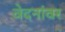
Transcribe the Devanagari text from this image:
वेदनांवर